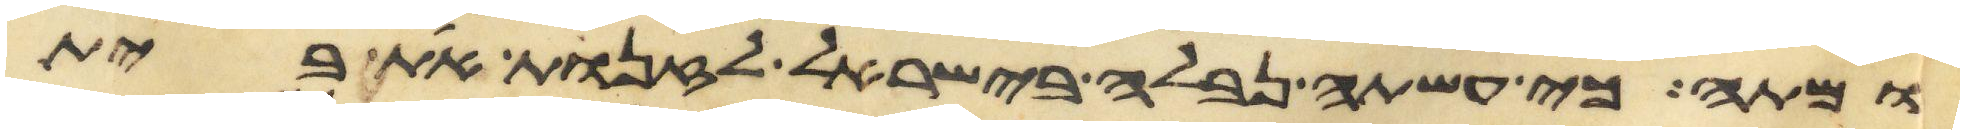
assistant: ומתה כי עשתה נבלה בישראל לזנות את בית